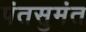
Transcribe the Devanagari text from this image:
पंतसुमंत